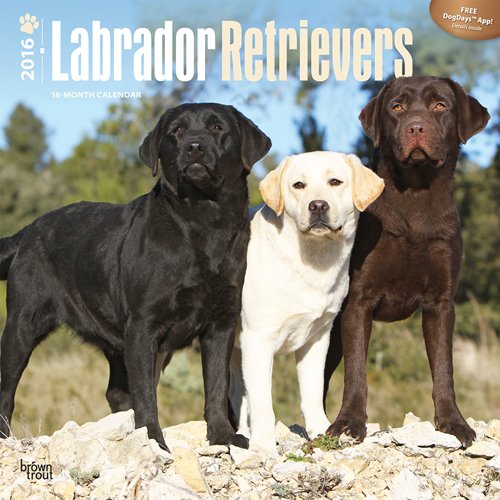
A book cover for Labrador Retrievers 2016 Square 12x12 (Multilingual Edition); Browntrout Publishers; Calendars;